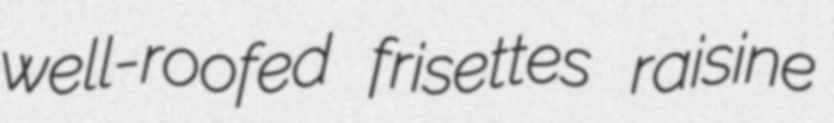
well-roofed frisettes raisine